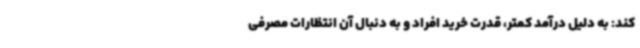
کند: به دلیل درآمد کمتر، قدرت خرید افراد و به دنبال آن انتظارات مصرفی